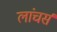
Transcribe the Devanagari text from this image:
लांचर्स